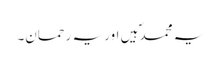
یہ محمدؐ ہیں اور یہ رحمان۔